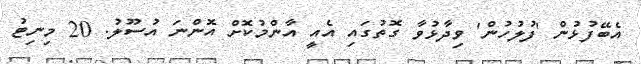
އެބޭފުޅުން 'ފުލުުހުން' ވިދާޅުވާ ގޮތުގައި އެއީ އާންމުކޮށް އޮންނަ އުސޫލު. 20 މިނިޓު